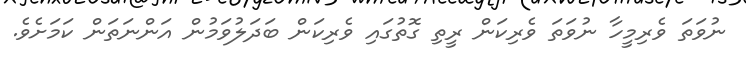
ނުވަތަ ވެރިމީހާ ނުވަތަ ވެރިކަން ރީތި ގޮތުގައި ވެރިކަން ބަދަލުވަމުން އަންނަތަން ކަމަށެވެ.